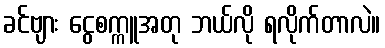
ခင်ဗျား ငွေစက္ကူအတု ဘယ်လို ရလိုက်တာလဲ။